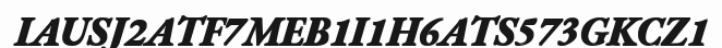
IAUSJ2ATF7MEB1I1H6ATS573GKCZ1